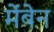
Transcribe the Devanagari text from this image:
मेंबेन